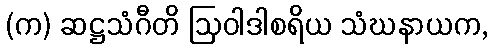
(က) ဆဋ္ဌသံဂီတိ ဩဝါဒါစရိယ သံဃနာယက,